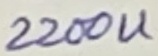
Text: 2200u